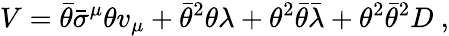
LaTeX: V=\bar{\theta}\bar{\sigma}^{\mu}\theta v_{\mu}+\bar{\theta}^{2}\theta\lambda+\theta^{2}\bar{\theta}\bar{\lambda}+\theta^{2}\bar{\theta}^{2}D~,